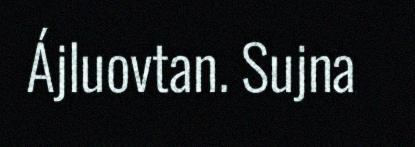
Ájluovtan. Sujna